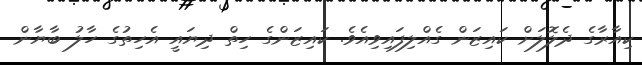
ކިއާރާގެ ދެލޮލަށް ކައިޒަން ގެއްލިފައިވިއެވެ. ކައިޒަންގެ ހިތް ދިޔައީ އެހިތުގެ ހާލު ބާޔާން